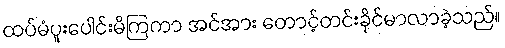
ထပ်မံပူးပေါင်းမိကြကာ အင်အား တောင့်တင်းခိုင်မာလာခဲ့သည်။